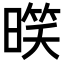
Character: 𣉧